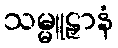
သမ္မူဠှာနံ